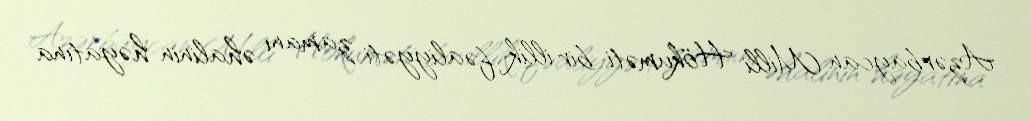
Azərbaycan Milli Hökuməti bir illik fəaliyyəti zamanı əhalinin həyatına